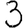
Digit: 3